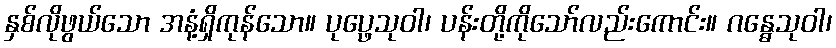
နှစ်လိုဖွယ်သော အနံ့ရှိကုန်သော။ ပုပ္ဖေသုဝါ၊ ပန်းတို့ကိုသော်လည်းကောင်း။ ဂန္ဓေသုဝါ၊